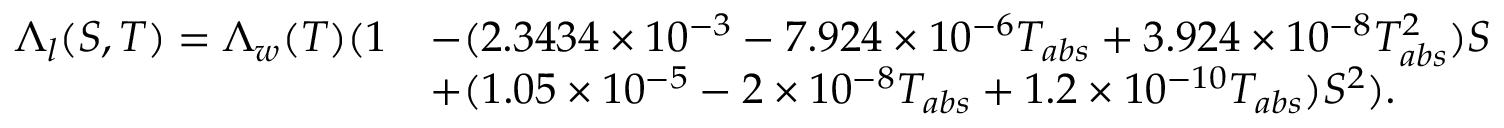
\begin{array} { r l } { \Lambda _ { l } ( S , T ) = \Lambda _ { w } ( T ) ( 1 } & { - ( 2 . 3 4 3 4 \times 1 0 ^ { - 3 } - 7 . 9 2 4 \times 1 0 ^ { - 6 } T _ { a b s } + 3 . 9 2 4 \times 1 0 ^ { - 8 } T _ { a b s } ^ { 2 } ) S } \\ & { + ( 1 . 0 5 \times 1 0 ^ { - 5 } - 2 \times 1 0 ^ { - 8 } T _ { a b s } + 1 . 2 \times 1 0 ^ { - 1 0 } T _ { a b s } ) S ^ { 2 } ) . } \end{array}